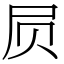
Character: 屃